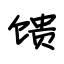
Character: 馈